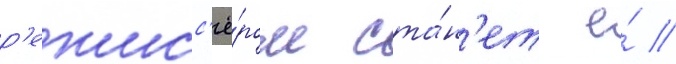
р'ежисс'ё́ром ста́н'ет е́ //